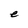
Character: e